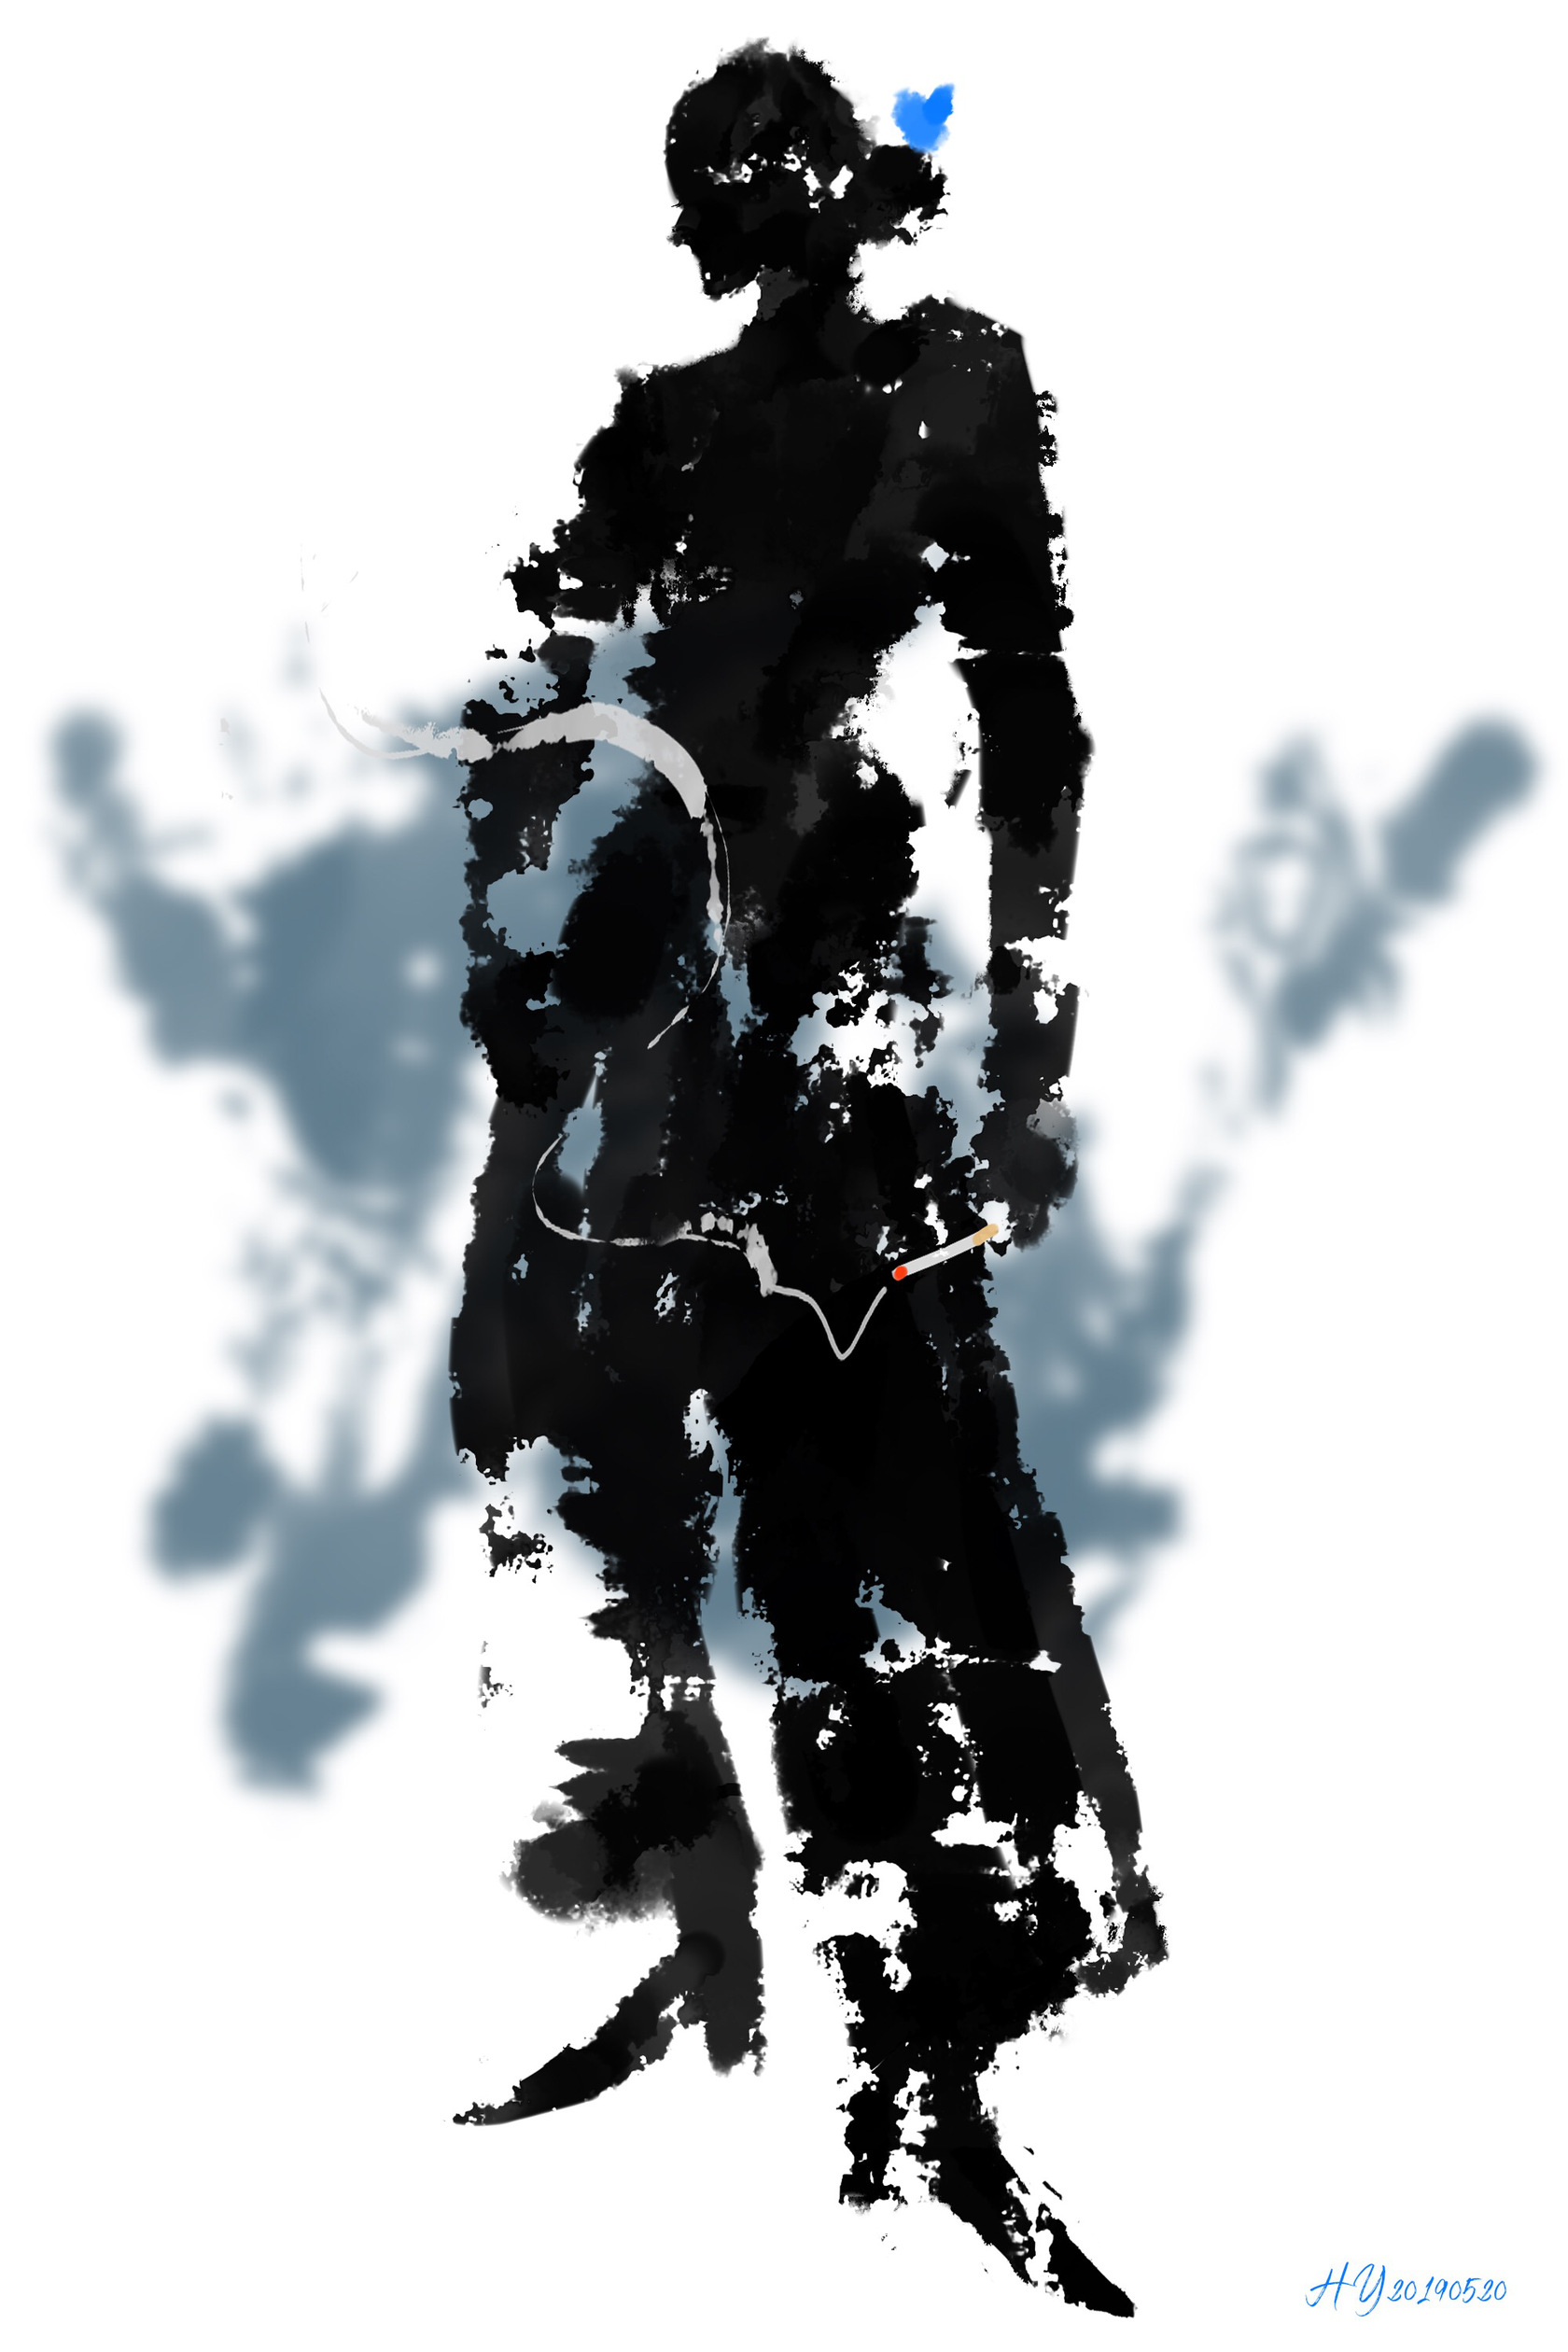
人道山长山又断。萧萧微雨闻孤馆。